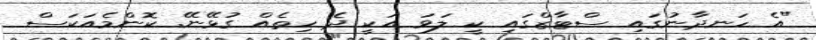
"އެ ހަނދާނުގައި ސްޓާޒްގައި ކީ ލަވަ އަކީ ދެ ހިތެއް ގުޅޭނޭ. ކޮންމެއަކަސް